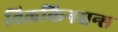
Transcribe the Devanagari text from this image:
विलकिनसन्स